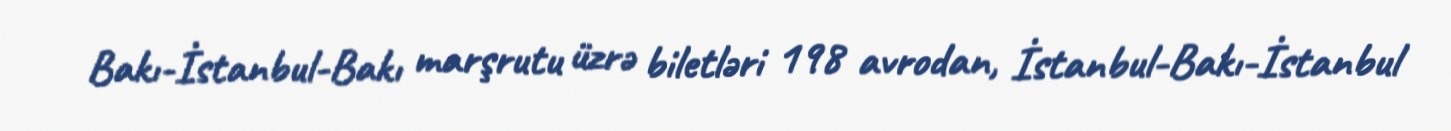
Bakı-İstanbul-Bakı marşrutu üzrə biletləri 198 avrodan, İstanbul-Bakı-İstanbul